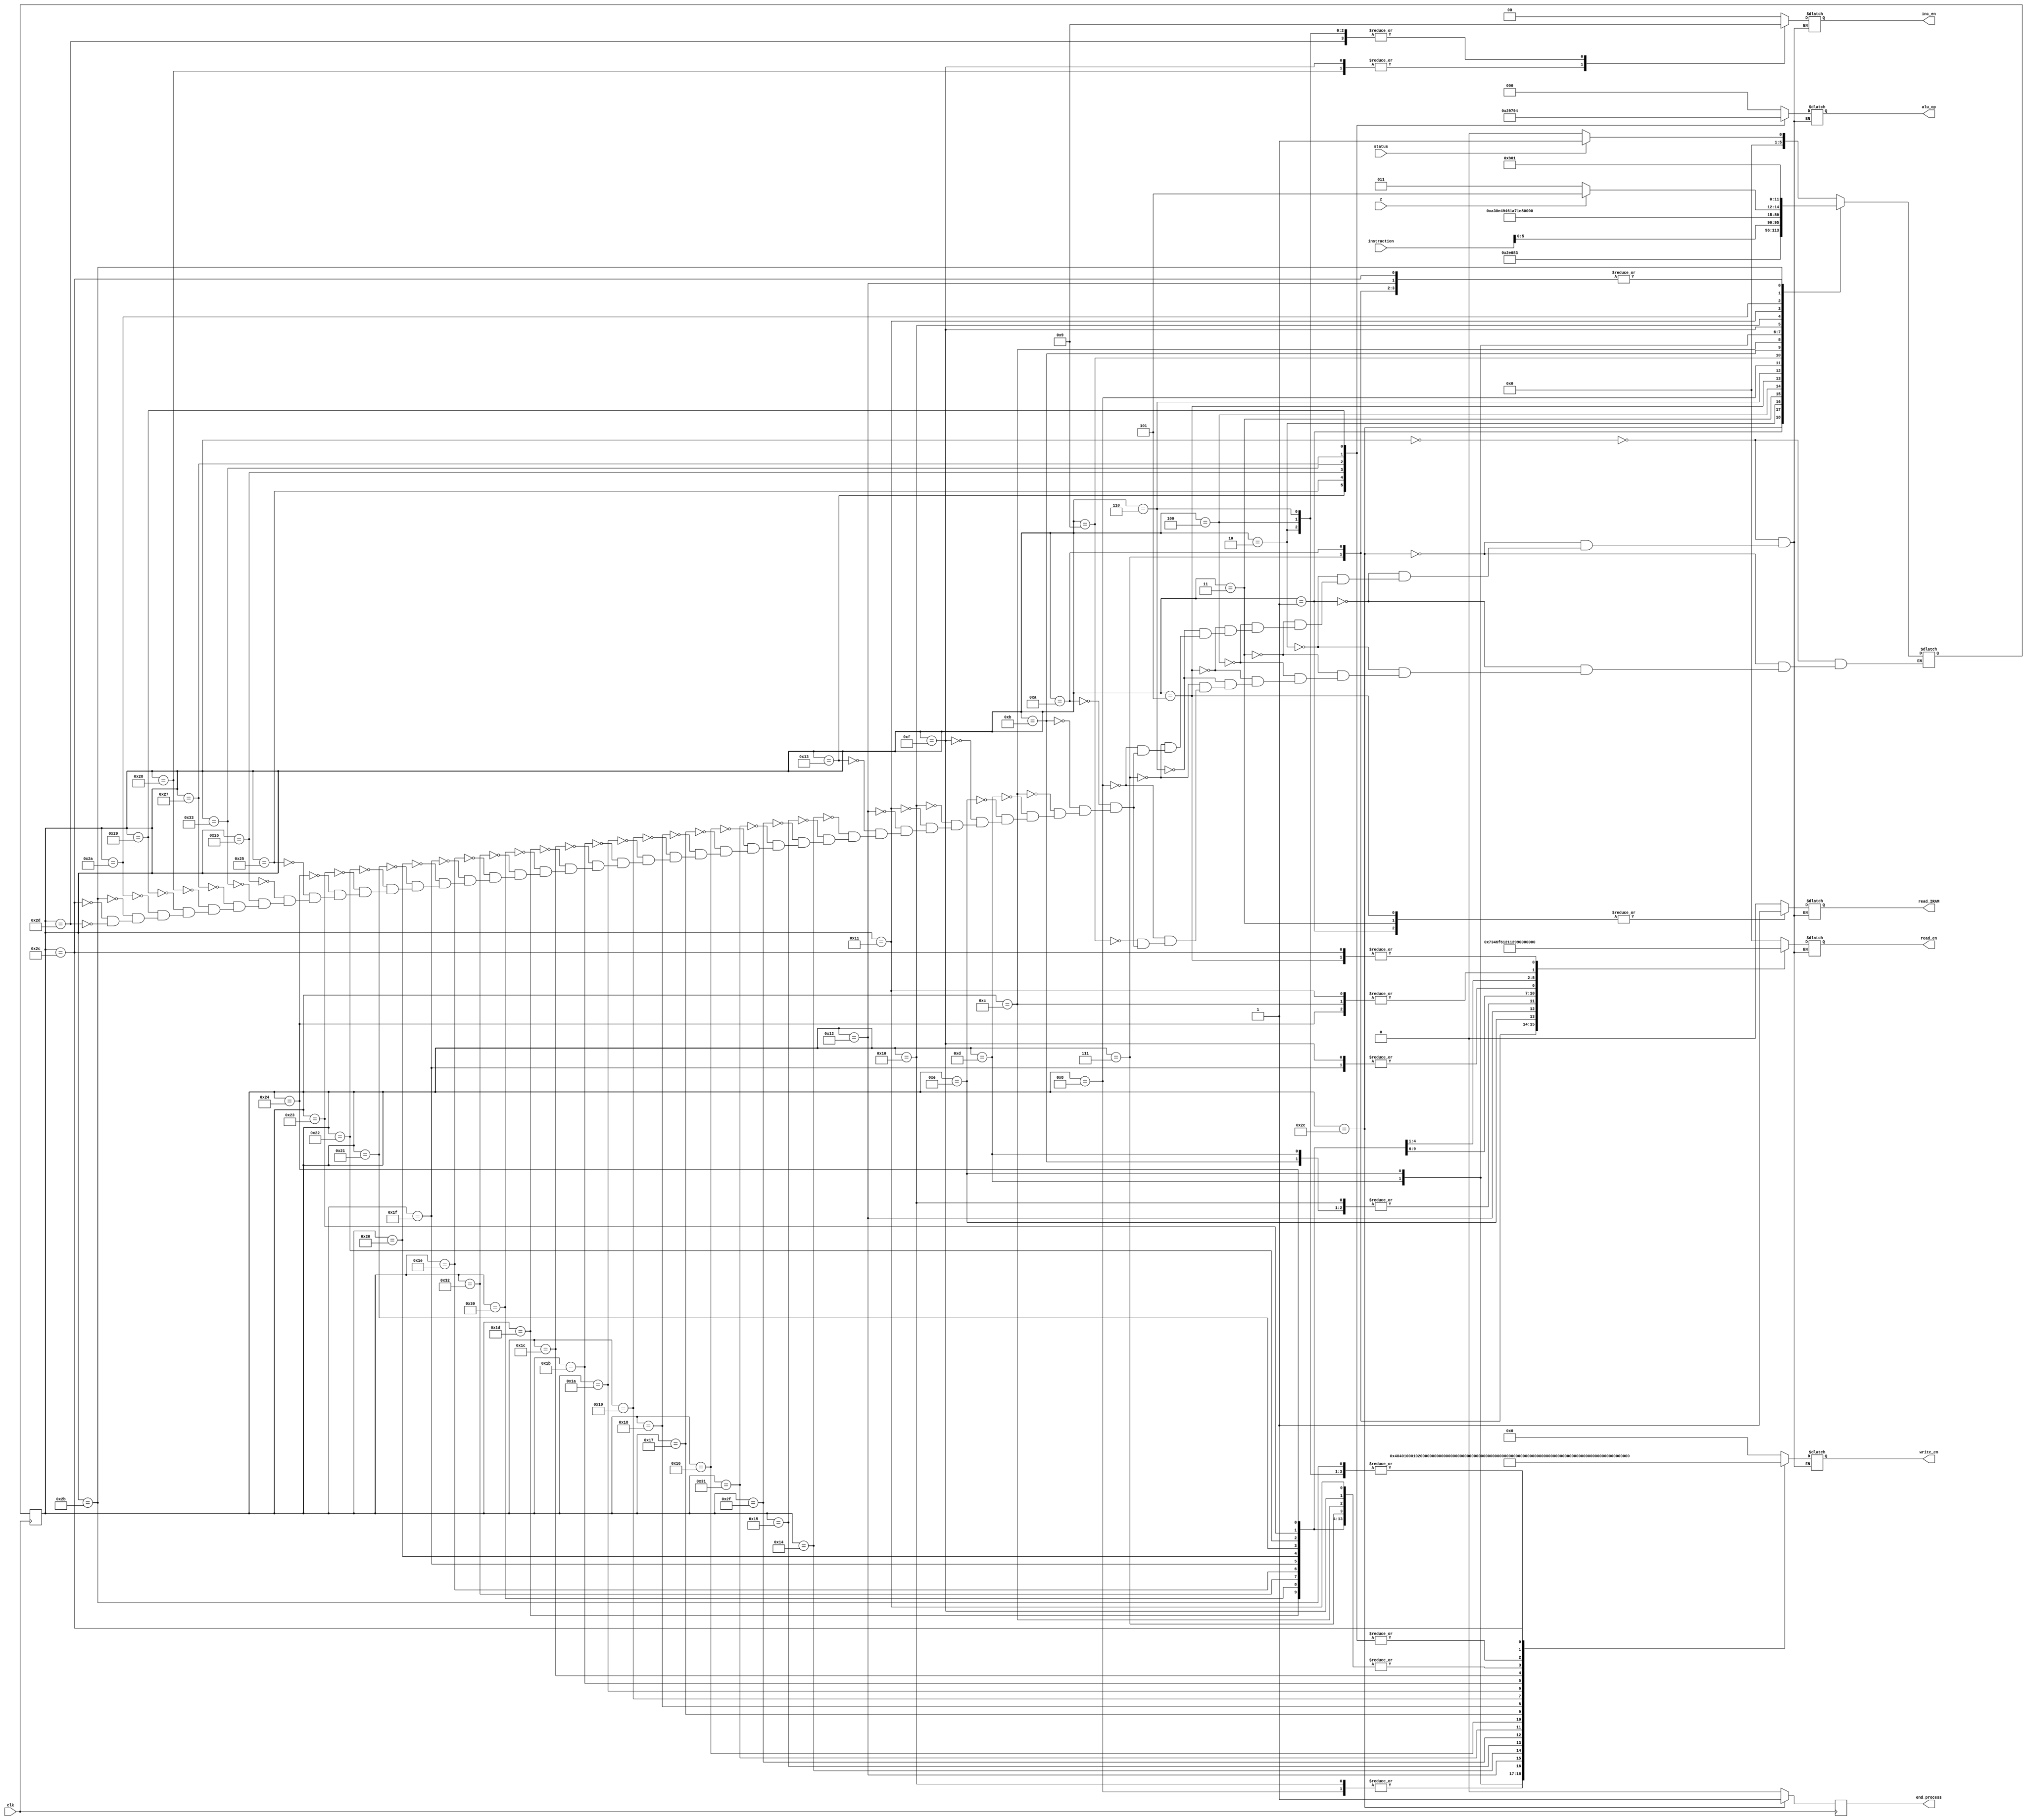
module control_unit
(
    input clk,
    input z,
    input status,
    input [7:0] instruction,
    output reg [2:0] alu_op,
    output reg [18:0] write_en,
    output reg [1:0] inc_en,
    output reg [4:0] read_en,
    output reg read_IRAM,
    //output reg read_DRAM,
    output reg end_process
);

reg [5:0] present = 6'd0;      //6'd0 = idle
reg [5:0] next = 6'd0;

//Micro Instructions
parameter
idle = 6'd0,
fetch1 = 6'd1,
fetch2 = 6'd2,
fetch3 = 6'd3,
ldac1 = 6'd4,
ldac2 = 6'd5,
ldac3 = 6'd6,
ldac4 = 6'd7,
ldacm1 = 6'd8,
ldacm2 = 6'd9,
ldacm3 = 6'd10,
stac1 = 6'd11,
stac2 = 6'd12,
stac3 = 6'd13,
stac4 = 6'd14,
stac5 = 6'd15,
stac6 = 6'd16,
stac7 = 6'd17,
stac8 = 6'd18,
clac = 6'd19,
movr = 6'd20,
movra = 6'd21,
movrb = 6'd22,
movro = 6'd23,
movrn = 6'd24,
movrp = 6'd25,
movrc = 6'd26,
movrr = 6'd27,
movrt = 6'd28,
mvacra = 6'd29,
mvacrb = 6'd30,
mvacro = 6'd31,
mvacrn = 6'd32,
mvacrp = 6'd33,
mvacrc = 6'd34,
mvacrr = 6'd35,
mvacrt = 6'd36,
add = 6'd37,
mul = 6'd38,
sub = 6'd39,
inc = 6'd40,
dec = 6'd41,
jpnz = 6'd42,
jpnzy1 = 6'd43,
jpnzy2 = 6'd44,
jpnzn1 = 6'd45,
endop = 6'd46,
movrcol1 = 6'd47,
mvacrcol1 = 6'd48,
movrcol2 = 6'd49,
mvacrcol2 = 6'd50,
xorop = 6'd51;


//checking the termination condition
always @(posedge clk)
begin
    present <= next;
    if (present == endop)
        end_process <= 1'd1;
    else
        end_process <= 1'd0;
end


always @(present or z or instruction or status) 
case(present)
    idle: begin
        read_IRAM <= 0;
        read_en <= 5'd0;
        write_en <= 19'b0000000000000000000 ;
        inc_en <= 2'b00 ;
        alu_op <= 3'd0;
        if (status == 1)
        next <= fetch1;
        else
        next <= idle;
    end

    endop: begin
        read_IRAM <= 0;
        read_en <= 5'd0;  
        write_en <= 19'b0000000000000000000 ;
        inc_en <= 2'b00 ;  
        alu_op <= 3'd0;
        next <= endop;
    end

    fetch1: begin
        read_IRAM <= 1;  //READ IRAM
        read_en <= 5'd0;  
        write_en <= 19'b0000000000000000000 ; 
        inc_en <= 2'b00 ;
        alu_op <= 3'd0;
        next <= fetch2;
    end


    fetch2: begin
        read_IRAM <= 0;
        read_en <= 5'd0;    
        write_en <= 19'b0000000000000000100 ; // IR <- IRAM
        inc_en <= 2'b01 ; //pc<-pc+1
        alu_op <= 3'd0;
        next <= fetch3;
    end


    fetch3: begin
        read_IRAM <= 1;    //Read IRAM
        read_en <= 5'd0;
        write_en <= 19'b0000000000000000000 ;
        inc_en <= 2'b00 ; 
        alu_op <= 3'd0;
        next <= instruction[5:0];  //get assembly code
    end

    ldac1: begin
        read_IRAM <= 0;
        read_en <= 5'd0;
        write_en <= 19'b0000000000000000100 ; //IR <- IRAM
        inc_en <= 2'b01 ; //pc<-pc+1
        alu_op <= 3'd0;
        next <= ldac2;
    end

    ldac2: begin
        read_IRAM <= 1; //Read
        read_en <= 5'd1; //BUS <- IR
        write_en <= 19'b0000000000000001000 ;  //TR <-- BUS
        inc_en <= 2'b00 ; 
        alu_op <= 3'd0;
        next <= ldac3;
    end

    ldac3: begin
        read_IRAM <= 0;
        read_en <= 5'd0;
        write_en <= 19'b0000000000000000100 ; //IR <- IRAM
        inc_en <= 2'b01 ; //pc<-pc+1
        alu_op <= 3'd0;
        next <= ldac4;
    end

    ldac4: begin
        read_IRAM <= 0;
        read_en <= 5'd14;   //AC <- IR TR
        write_en <= 19'b0000100000000000000 ;
        inc_en <= 2'b00 ; 
        alu_op <= 3'd0;
        next <= fetch1;
    end

    ldacm1: begin
        read_IRAM <= 0;
        //read_DRAM <= 1;
        read_en <= 5'd12;  //BUS <- AC
        write_en <= 19'b0000000000000000001 ;  //AR <- BUS
        inc_en <= 2'b00 ; 
        alu_op <= 3'd0;
        next <= ldacm2;
    end
	 
	 ldacm2 : begin
//	     read_IRAM <= 0;
//        read_en <= 4'd0;  
//        write_en <= 17'b00000000000000000 ;  //waste a clock cycle
//        inc_en <= 2'b00 ; 
//        alu_op <= 3'd0;
        next <= ldacm3;
	 end

    ldacm3: begin
        read_IRAM <= 0;
        read_en <= 5'd13;  // BUS <- DRAM 
        write_en <= 19'b0000100000000010000 ; //DR, AC ←  DRAM[AR],
        inc_en <= 2'b00 ; 
        alu_op <= 3'd0;
        next <= fetch1;
    end



    stac1: begin
        read_IRAM <= 0;
        read_en <= 5'd12;  //BUS <- AC
        write_en <= 19'b0000000000010000001 ; // AR <- BUS, RO <- BUS
        inc_en <= 2'b00 ; 
        alu_op <= 3'd0;
        next <= stac2;
    end

    stac2: begin
        read_IRAM <= 0;
        read_en <= 5'd11;  //BUS <- RT
        write_en <= 19'b0000100000000000000 ; //AC <- BUS
        inc_en <= 2'b00 ; 
        alu_op <= 3'd0;
        next <= stac3;
    end

    stac3: begin
        read_IRAM <= 0;
        read_en <= 5'd12;  //BUS <- AC[7:0]  check 12
        write_en <= 19'b0000000000000010000 ; //DR <- BUS
        inc_en <= 2'b00 ; 
        alu_op <= 3'd0;
        next <= stac4;
    end
	 
	 

    stac4: begin
        read_IRAM <= 0;
        read_en <= 5'd3;  //BUS <- DR
        write_en <= 19'b0010000000000000000 ; //DRAM <- BUS
        inc_en <= 2'b00 ; 
        alu_op <= 3'd0;
        next <= stac5;
    end
	 

    stac5: begin
        read_IRAM <= 0;
        read_en <= 5'd6;  //BUS <- RO
        write_en <= 19'b0000100000000000000 ; //AC<- BUS
        inc_en <= 2'b10 ; //AC <- AC+1 
        alu_op <= 3'd0;
        next <= stac6;
    end

    stac6: begin
        read_IRAM <= 0;
        read_en <= 5'd12;  //BUS <- AC
        write_en <= 19'b0000000000000000001 ; // AR <- BUS
        inc_en <= 2'b00 ; 
        alu_op <= 3'd0;
        next <= stac7;
    end

    stac7: begin
        read_IRAM <= 0;
        read_en <= 5'd11;  //BUS <-RT
        write_en <= 19'b0000100000000000000 ; // AC <-- BUS
        inc_en <= 2'b00; 
        alu_op <= 3'd0;
        next <= stac8;
    end

    stac8: begin
        read_IRAM <= 0;
        read_en <= 5'd15;  //BUS<-AC[15:8]
        write_en <= 19'b0010000000000010000 ; // DR <-- BUS, DRAM <-- BUS
        inc_en <= 2'b00 ; 
        alu_op <= 3'd0;
        next <= fetch1;
    end


    clac: begin
        read_IRAM <= 0;
        read_en <= 5'd0;  
        write_en <= 19'b0001000000000000000 ;
        inc_en <= 2'b00 ; 
        alu_op <= 3'd5; //default AC <- 0, Z<- 1
        next <= fetch1;
    end

    movr: begin
        read_IRAM <= 0;
        read_en <= 5'd12;  //BUS <- AC
        write_en <= 19'b0000010000000000000 ; // R <- BUS
        inc_en <= 2'b00 ; 
        alu_op <= 3'd0;
        next <= fetch1;
    end

    movra: begin
        read_IRAM <= 0;
        read_en <= 5'd12;  //BUS <- AC
        write_en <= 19'b0000000000000100000 ; // RA <- BUS
        inc_en <= 2'b00 ; 
        alu_op <= 3'd0;
        next <= fetch1;
    end

	 movrcol1: begin
        read_IRAM <= 0;
        read_en <= 5'd12;  //BUS <- AC
        write_en <= 19'b0100000000000000000 ; // RCOL <- BUS
        inc_en <= 2'b00 ; 
        alu_op <= 3'd0;
        next <= fetch1;
    end
	 
	 movrcol2: begin
        read_IRAM <= 0;
        read_en <= 5'd12;  //BUS <- AC
        write_en <= 19'b1000000000000000000 ; // RCOL <- BUS
        inc_en <= 2'b00 ; 
        alu_op <= 3'd0;
        next <= fetch1;
    end

    movrb: begin
        read_IRAM <= 0;
        read_en <= 5'd12;  //BUS <- AC
        write_en <= 19'b0000000000001000000 ; // RB <- BUS
        inc_en <= 2'b00 ; 
        alu_op <= 3'd0;
        next <= fetch1;
    end

    movro: begin
        read_IRAM <= 0;
        read_en <= 5'd12;                       //RO <- AC
        write_en <= 19'b0000000000010000000 ;
        inc_en <= 2'b00 ; 
        alu_op <= 3'd0;
        next <= fetch1;
    end

    movrn: begin
        read_IRAM <= 0;
        read_en <= 5'd12;                      //RN <- AC
        write_en <= 19'b0000000000100000000 ;
        inc_en <= 2'b00 ; 
        alu_op <= 3'd0;
        next <= fetch1;
    end
//
    movrp: begin
        read_IRAM <= 0;
        read_en <= 5'd12;                   //RP <- AC
        write_en <= 19'b0000000001000000000 ;
        inc_en <= 2'b00 ; 
        alu_op <= 3'd0;
        next <= fetch1;
    end

    movrc: begin
        read_IRAM <= 0;
        read_en <= 5'd12;                   //RC <- AC
        write_en <= 19'b00000000010000000000 ;
        inc_en <= 2'b00 ; 
        alu_op <= 3'd0;
        next <= fetch1;
    end

    movrr: begin
        read_IRAM <= 0;
        read_en <= 5'd12;                   //RR <- AC
        write_en <= 19'b0000000100000000000 ;
        inc_en <= 2'b00 ; 
        alu_op <= 3'd0;
        next <= fetch1;
    end

    movrt: begin
        read_IRAM <= 0;
        read_en <= 5'd12;                  //RT <- AC
        write_en <= 19'b0000001000000000000 ;
        inc_en <= 2'b00 ; 
        alu_op <= 3'd0;
        next <= fetch1;
    end

    mvacra: begin
        read_IRAM <= 0;
        read_en <= 5'd4;            //AC <- RA
        write_en <= 19'b0000100000000000000 ;
        inc_en <= 2'b00 ; 
        alu_op <= 3'd0;
        next <= fetch1;
    end
	 
	 mvacrcol1: begin
        read_IRAM <= 0;
        read_en <= 5'd16;            //AC <- RCOL
        write_en <= 19'b0000100000000000000 ;
        inc_en <= 2'b00 ; 
        alu_op <= 3'd0;
        next <= fetch1;
    end
	 
	 mvacrcol2: begin
        read_IRAM <= 0;
        read_en <= 5'd17;            //AC <- RCOL
        write_en <= 19'b0000100000000000000 ;
        inc_en <= 2'b00 ; 
        alu_op <= 3'd0;
        next <= fetch1;
	 end

    mvacrb: begin
        read_IRAM <= 0;
        read_en <= 5'd5;        //AC <- RB
        write_en <= 19'b0000100000000000000 ;
        inc_en <= 2'b00 ; 
        alu_op <= 3'd0;
        next <= fetch1;
    end

    mvacro: begin
        read_IRAM <= 0;
        read_en <= 5'd6;  //AC <- RO
        write_en <= 19'b0000100000000000000 ;
        inc_en <= 2'b00 ; 
        alu_op <= 3'd0;
        next <= fetch1;
    end

    mvacrn: begin
        read_IRAM <= 0;
        read_en <= 5'd7;  //AC <- RN
        write_en <= 19'b0000100000000000000 ;
        inc_en <= 2'b00 ; 
        alu_op <= 3'd0;
        next <= fetch1;
    end

    mvacrp: begin
        read_IRAM <= 0;
        read_en <= 5'd8;                //AC <- RP
        write_en <= 19'b0000100000000000000 ;
        inc_en <= 2'b00 ; 
        alu_op <= 3'd0;
        next <= fetch1;
    end

    mvacrc: begin
        read_IRAM <= 0;
        read_en <= 5'd9;                //AC <- RC
        write_en <= 19'b0000100000000000000 ;
        inc_en <= 2'b00 ; 
        alu_op <= 3'd0;
        next <= fetch1;
    end

    mvacrr: begin
        read_IRAM <= 0;
        read_en <= 5'd10;               //AC <- RR
        write_en <= 19'b0000100000000000000 ;
        inc_en <= 2'b00 ; 
        alu_op <= 3'd0;
        next <= fetch1;
    end

    mvacrt: begin
        read_IRAM <= 0;
        read_en <= 5'd11;                  //AC <- RT
        write_en <= 19'b0000100000000000000 ;
        inc_en <= 2'b00 ; 
        alu_op <= 3'd0;
        next <= fetch1;
    end
//
    add: begin
        read_IRAM <= 0;
        read_en <= 5'd0;  
        write_en <= 19'b0001000000000000000 ;
        inc_en <= 2'b00 ; 
        alu_op <= 3'd1; //AC <- AC + R
        next <= fetch1;
    end

    mul: begin
        read_IRAM <= 0;
        read_en <= 5'd0;  
        write_en <= 19'b0001000000000000000 ;
        inc_en <= 2'b00 ; 
        alu_op <= 3'd3; //AC <- AC * R
        next <= fetch1;
    end

    xorop: begin
        read_IRAM <= 0;
        read_en <= 5'd0;  
        write_en <= 19'b0001000000000000000 ;
        inc_en <= 2'b00 ; 
        alu_op <= 3'd6; //AC <- AC ^ R
        next <= fetch1;
    end
 
    sub: begin
        read_IRAM <= 0;
        read_en <= 5'd0;  
        write_en <= 19'b0001000000000000000 ;
        inc_en <= 2'b00 ; 
        alu_op <= 3'd2; //AC <- AC - R
        next <= fetch1;
    end

    inc: begin
        read_IRAM <= 0;
        read_en <= 5'd0;  
        write_en <= 19'b0000000000000000000 ;//
        inc_en <= 2'b10 ; //AC <- AC + 1
        alu_op <= 3'd0;
        next <= fetch1;
    end

    dec: begin
        read_IRAM <= 0;
        read_en <= 5'd0;  
        write_en <= 19'b0001000000000000000 ;
        inc_en <= 2'b00 ; 
        alu_op <= 3'd4; //AC <- AC - 1
        next <= fetch1;
    end

    
    jpnz: begin
        read_IRAM <= 0;
        read_en <= 5'd0;  //IR <-IRAM
        write_en <= 19'b0000000000000000000 ;
        inc_en <= 2'b00 ; 
        alu_op <= 3'd0;
        if (z==0)
            next <= jpnzy1;
        else
            next <= jpnzn1;
    end   


    jpnzy1: begin
        read_IRAM <= 0;
        read_en <= 5'd0;  //IR <- IRAM
        write_en <= 19'b0000000000000000100 ;
        inc_en <= 2'b00 ; 
        alu_op <= 3'd0;
        next <= jpnzy2;
    end

    jpnzy2: begin
        read_IRAM <= 0;
        read_en <= 5'd1;  //PC <- IR
        write_en <= 19'b0000000000000000010 ;
        inc_en <= 2'b00 ; 
        alu_op <= 3'd0;  //3'd2
        next <= fetch1;
    end
    
    jpnzn1: begin
        read_IRAM <= 0;
        read_en <= 5'd0;  
        write_en <= 19'b0000000000000000000 ;
        inc_en <= 2'b01 ;  //PC<-PC+1
        alu_op <= 3'd0;
        next <= fetch1;
    end

endcase
endmodule